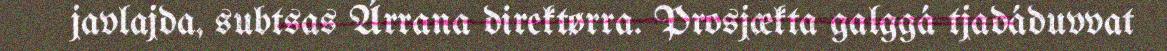
javlajda, subtsas Árrana direktørra. Prosjækta galggá tjadáduvvat